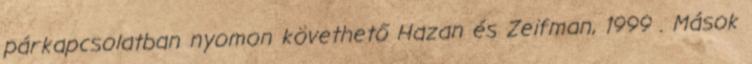
párkapcsolatban nyomon követhető Hazan és Zeifman, 1999 . Mások